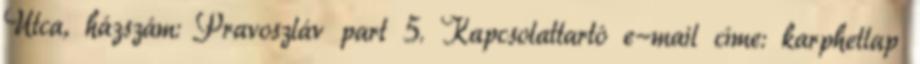
Utca, házszám: Pravoszláv part 5. Kapcsolattartó e-mail címe: karphetlap